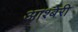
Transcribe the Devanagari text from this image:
आश्बेरी